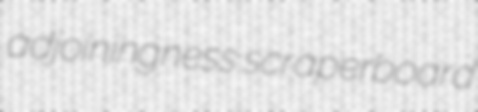
adjoiningness scraperboard